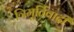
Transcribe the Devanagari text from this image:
त्रिमूर्तिवादी